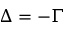
\Delta = - \Gamma